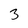
Character: 3